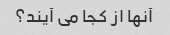
آنها از کجا می آیند؟